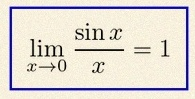
\lim_{x\to0}\frac{\sin x}{x}=1